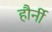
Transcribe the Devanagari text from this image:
हौर्नी